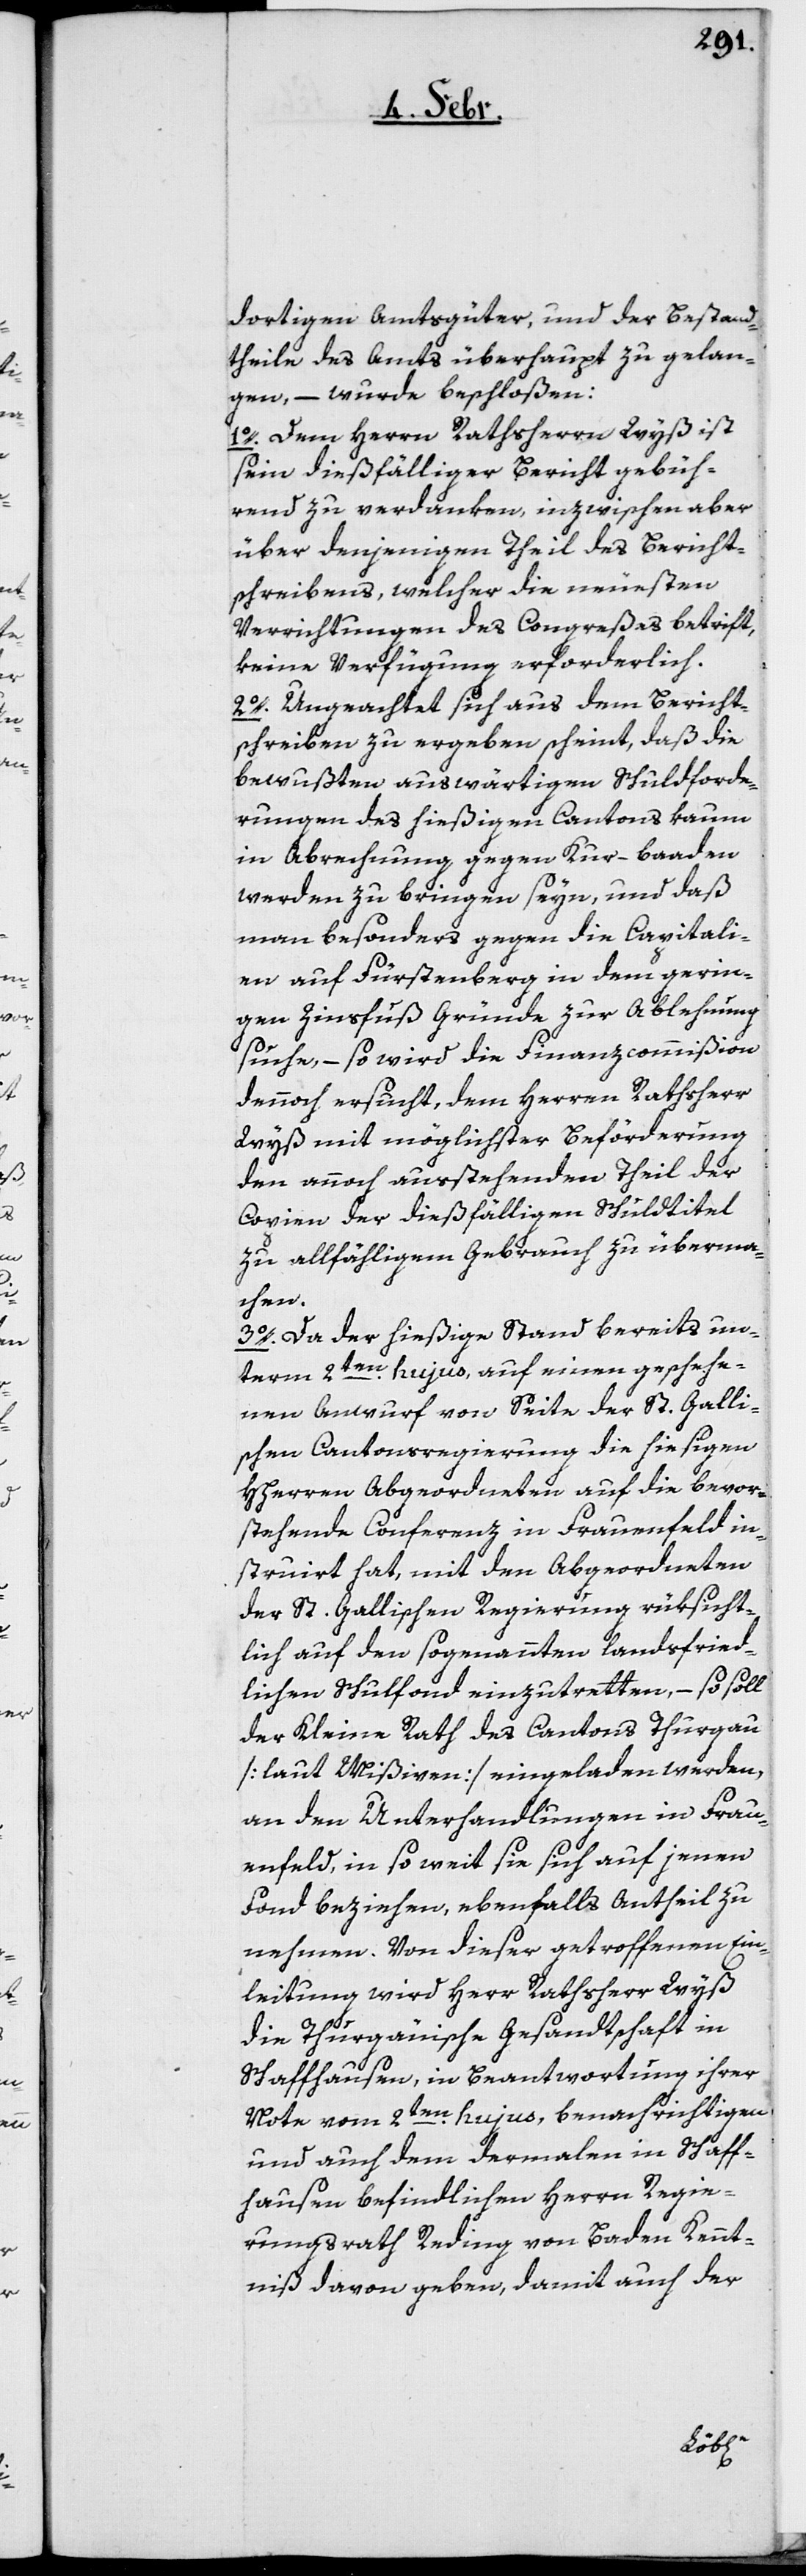
dortigen Amtsgüter, und der Bestand¬
theile des Amts überhaupt zu gelan¬
gen, – wurde beschloßen:
1o. Dem Herrn Rathsherrn Wyß ist
sein dießfälliger Bericht gebüh¬
rend zu verdanken, inzwischen aber
über denjenigen Theil des Bericht¬
schreibens, welcher die neuesten
Verrichtungen des Congreßes betrift,
keine Verfügung erforderlich.
2o. Ungeachtet sich aus dem Bericht¬
schreiben zu ergeben scheint, daß die
bewußten auswärtigen Schuldforde¬
rungen des hießigen Cantons kaum
in Abrechnung gegen Kur-baaden
werden zu bringen seyn, und daß
man besonders gegen die Capitali¬
en auf Fürstenberg in dem gerin¬
gen Zinsfuß Gründe zur Ablehnung
suche, – so wird die Finanzcommißion
dennoch ersucht, dem Herren Rathsherr
Wyß mit möglichster Beförderung
den annoch ausstehenden Theil der
Copien der dießfälligen Schuldtitel
zu allfähligem Gebrauch zu überma¬
chen.
3o. Da der hießige Stand bereits un¬
term 2ten. hujus, auf einen geschehe¬
nen Anwurf von Seite der St. Galli¬
schen Cantonsregierung die hießigen
HHerren Abgeordneten auf die bevor¬
stehende Conferenz in Frauenfeld in¬
struirt hat, mit den Abgeordneten
der St. Gallischen Regierung rücksicht¬
lich auf den sogenannten landsfried¬
lichen Schulfonds einzutretten, – so soll
der Kleine Rath des Cantons Thurgau
[laut Mißiven] eingeladen werden,
an den Unterhandlungen in Frau¬
enfeld, insoweit sie sich auf jenen
Fonds beziehen, ebenfalls Antheil zu
nehmen. Von dieser getroffenen Ein¬
leitung wird Herr Rathsherr Wyß
die Thurgäuische Gesandtschaft in
Schaffhausen, in Beantwortung ihrer
Note vom 2ten. hujus, benachrichtigen
und auch dem dermalen in Schaff¬
hausen befindlichen Herrn Regie¬
rungsrath Reding von Baden Kennt¬
niß davon geben, damit auch der